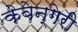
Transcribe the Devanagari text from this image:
केवेन्गेरी